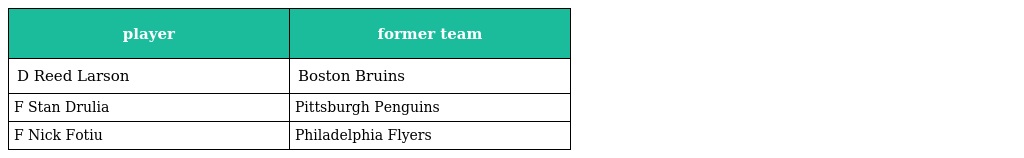
| player | former team |
 | --- | --- |
 | D Reed Larson | Boston Bruins |
 | F Stan Drulia | Pittsburgh Penguins |
 | F Nick Fotiu | Philadelphia Flyers |